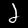
Label: 2